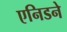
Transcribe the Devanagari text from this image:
एनिडने